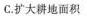
C.扩大耕地面积